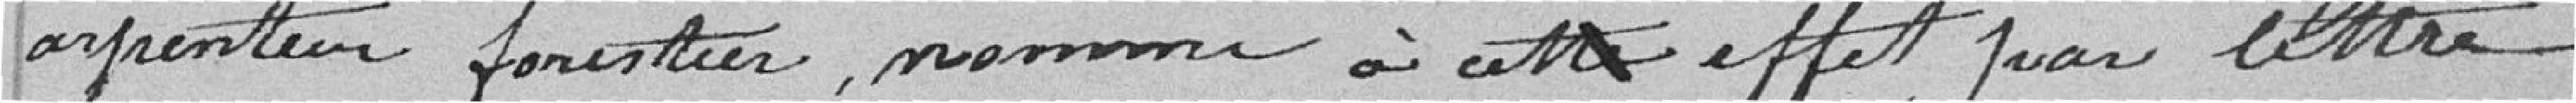
arpenteur forestier, nommé à cet effet par lettre